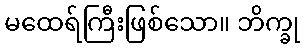
မထေရ်ကြီးဖြစ်သော။ ဘိက္ခု